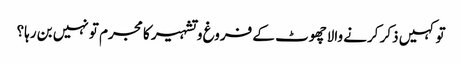
تو کہیں ذکر کرنے والاچھوٹ کے فروغ و تشہیر کا مجرم تو نہیں بن رہا؟